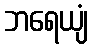
ဘရေယျံ